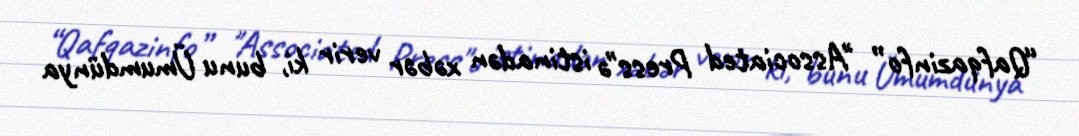
“Qafqazinfo” "Associated Press"ə istinadən xəbər verir ki, bunu Ümumdünya